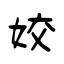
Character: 姣